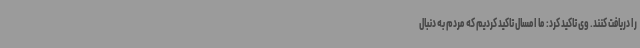
را دریافت کنند. وی تاکید کرد: ما امسال تاکید کردیم که مردم به دنبال